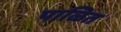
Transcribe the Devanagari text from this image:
पाळित